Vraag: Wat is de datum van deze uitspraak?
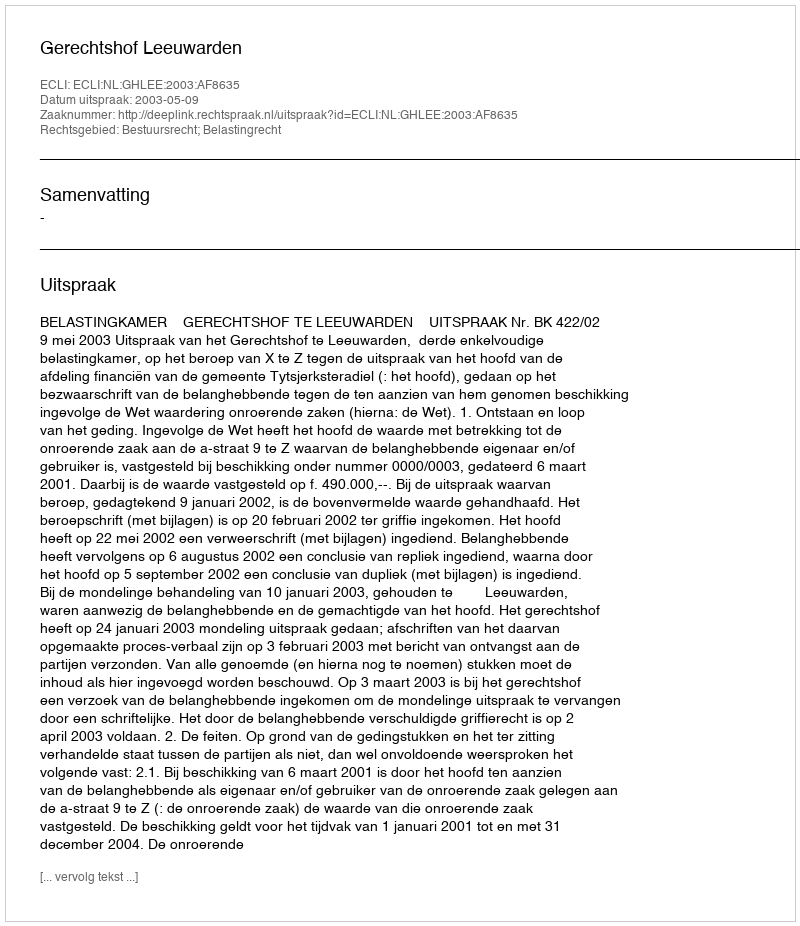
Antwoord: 2003-05-09